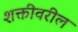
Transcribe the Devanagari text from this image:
शक्तीवरील